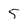
Character: 5